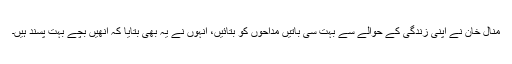
منال خان نے اپنی زندگی کے حوالے سے بہت سی باتیں مداحوں کو بتائیں، انہوں نے یہ بھی بتایا کہ انھیں بچے بہت پسند ہیں۔